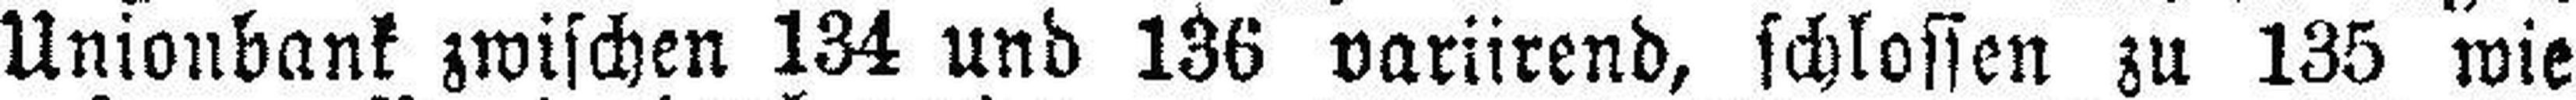
Unionbank zwischen 134 und 136 variirend, schlossen zu 135 wie